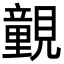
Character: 䚒